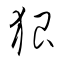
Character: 狠